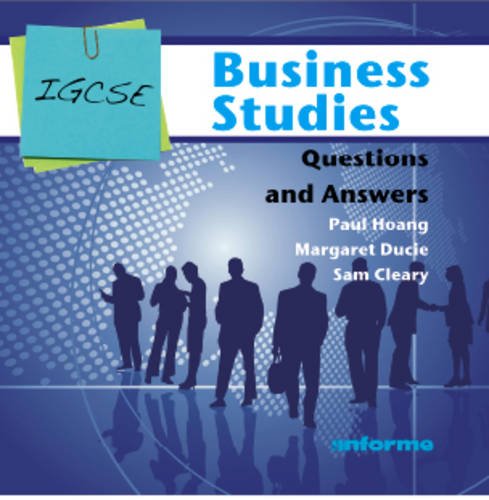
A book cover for IGCSE Business Studies Questions and Answers; Paul Hoang; Children's Books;